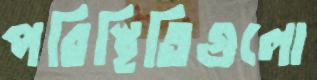
পরিস্থিতিগুলো